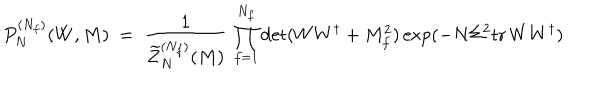
LaTeX: P _ { N } ^ { ( N _ { f } ) } ( W , M ) \ = \ \frac { 1 } { \widetilde { Z } _ { N } ^ { ( N _ { f } ) } ( M ) } \, \prod _ { f = 1 } ^ { N _ { f } } \det ( W W ^ { \dagger } + M _ { f } ^ { 2 } ) \exp ( - N \Sigma ^ { 2 } { \mathrm { t r } \, } W W ^ { \dagger } )